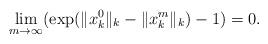
LaTeX: \begin{gather*} \lim\limits_{m\to\infty} (\exp(\|x_k^0\|_k-\|x_k^m\|_k)-1)=0. \end{gather*}